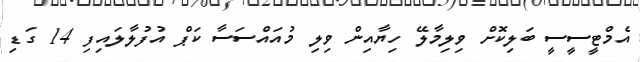
އެމްޓީސީސީ ބަލިކޮށް ވިލިމާލޭ ހިޔާއިން ވިލި މުއައްސަސާ ކަޕް އުފުލާލައިފި 14 ގަޑި